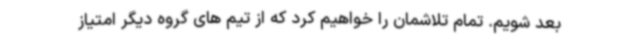
بعد شویم. تمام تلاشمان را خواهیم کرد که از تیم های گروه دیگر امتیاز